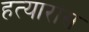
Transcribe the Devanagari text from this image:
हत्यारांस